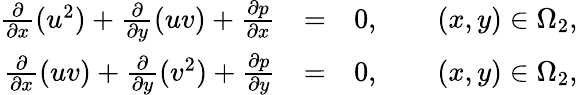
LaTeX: \begin{array}{rlr}{\frac{\partial}{\partial x}(u^{2})+\frac{\partial}{\partial y}(uv)+\frac{\partial p}{\partial x}}&{=}&{0,\qquad(x,y)\in\Omega_{2},}\\ {\frac{\partial}{\partial x}(uv)+\frac{\partial}{\partial y}(v^{2})+\frac{\partial p}{\partial y}}&{=}&{0,\qquad(x,y)\in\Omega_{2},}\end{array}